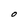
Character: O